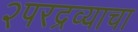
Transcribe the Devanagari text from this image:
२परद्रव्याचा